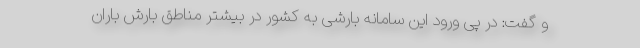
و گفت: در پی ورود این سامانه بارشی به کشور در بیشتر مناطق بارش باران